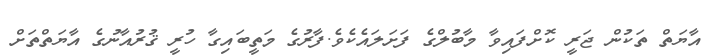
އާޔަތް ތަކުން ޖަރީ ކޮށްފައިވާ މާބުލްގެ ފަށަލައެކެވެ.ފާރުގެ މަތީބައިގާ ހުރީ ޤުރުއާނުގެ އާޔަތްތަށް